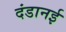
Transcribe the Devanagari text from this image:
दंडानई